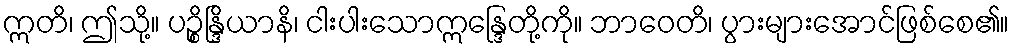
ဣတိ၊ ဤသို့။ ပဉ္စိန္ဒြိယာနိ၊ ငါးပါးသောဣန္ဒြေတို့ကို။ ဘာဝေတိ၊ ပွားများအောင်ဖြစ်စေ၏။